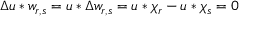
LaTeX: \Delta u * w _ { r , s } = u * \Delta w _ { r , s } = u * \chi _ { r } - u * \chi _ { s } = 0